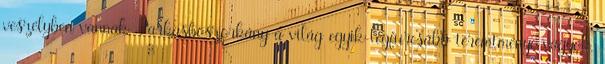
veszélyben vannak. Farkasboszorkány a világ egyik legfurcsább teremtménye vagyok,